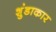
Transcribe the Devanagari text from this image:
शुंडाकार